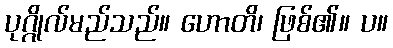
ပုဂ္ဂိုလ်မည်သည်။ ဟောတိ၊ ဖြစ်၏။ ပ။